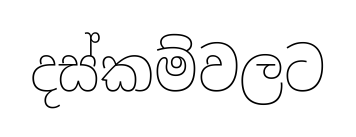
දස්කම්වලට